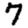
Digit: 7